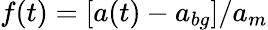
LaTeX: f(t)=[a(t)-a_{bg}]/a_{m}